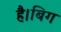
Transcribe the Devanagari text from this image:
है।बिग